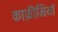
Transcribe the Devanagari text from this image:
काफ़ीमियां